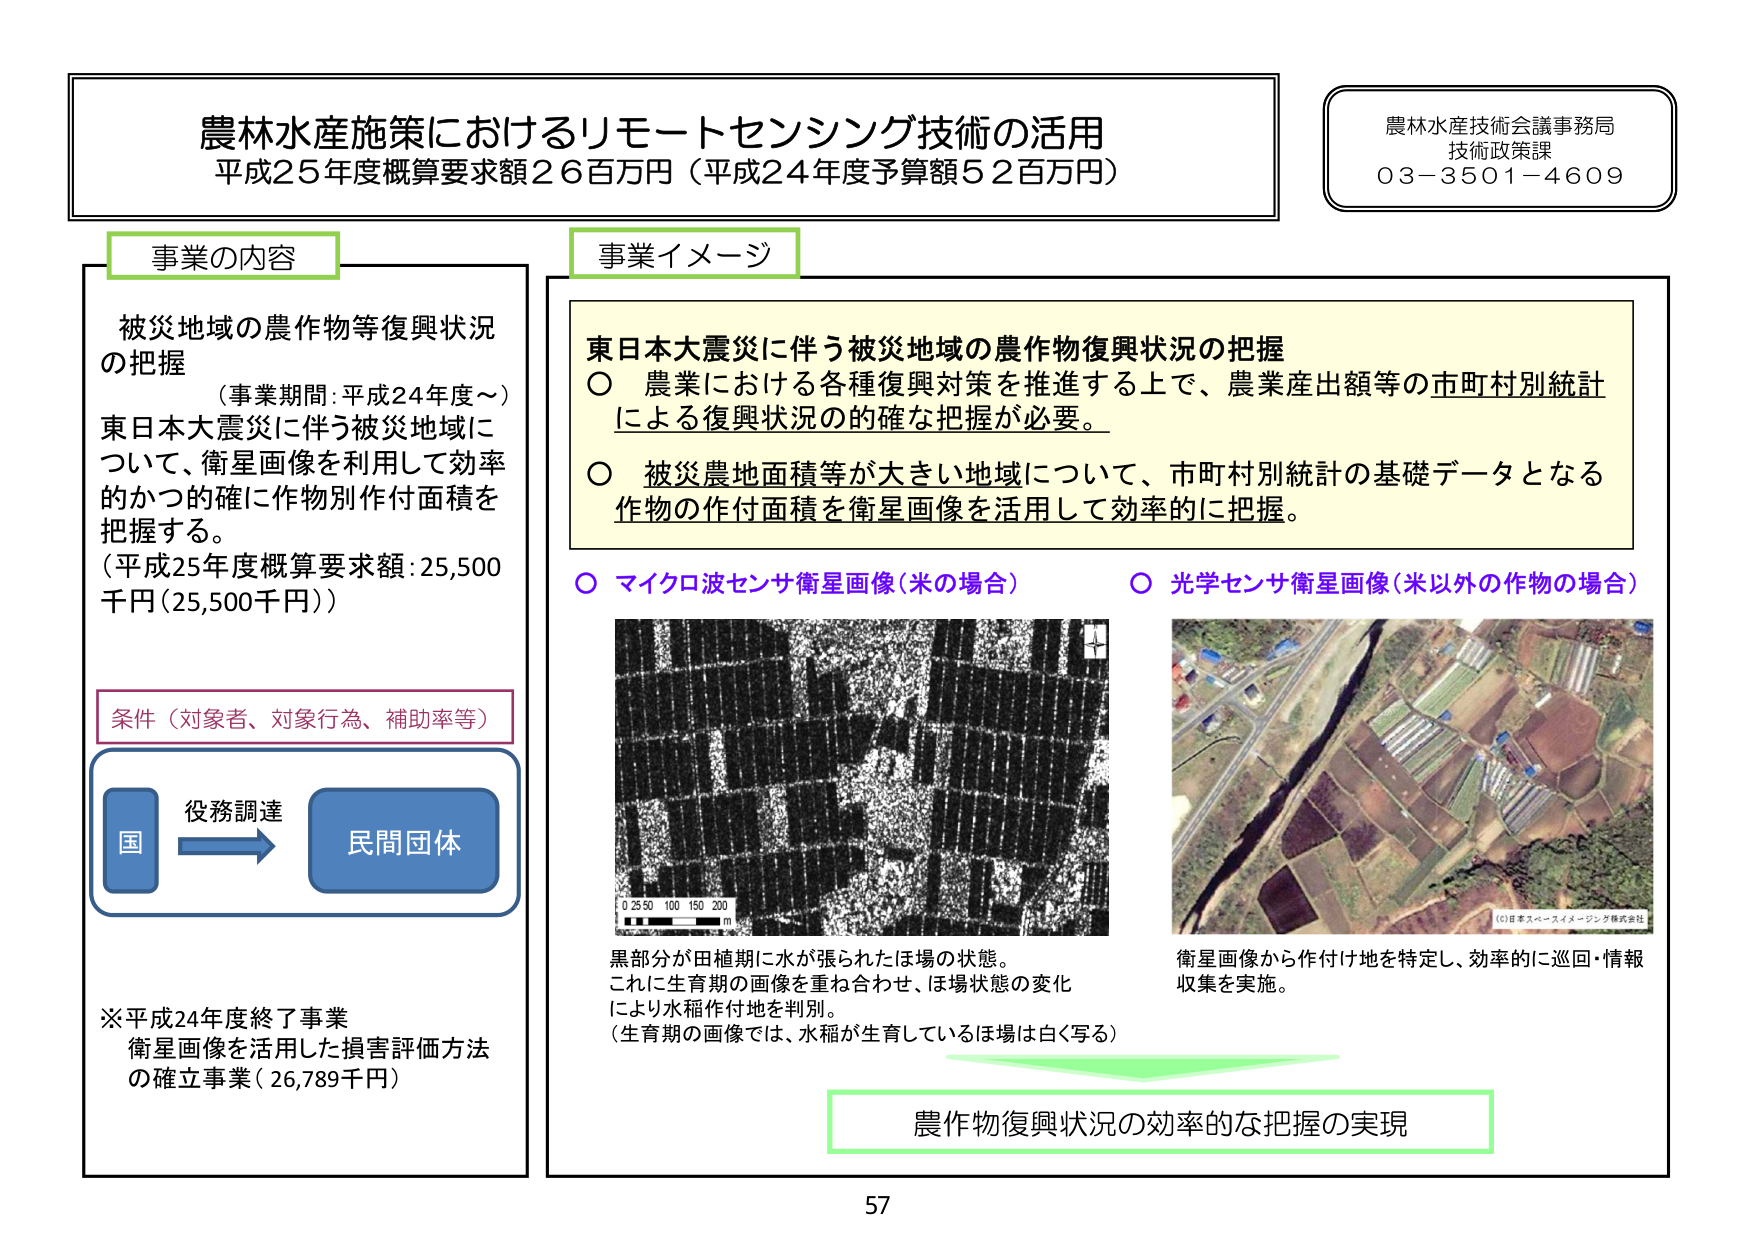
農林水産施策におけるリモートセンシング技術の活用
平成25年度概算要求額26百万円（平成24年度予算額52百万円）

農林水産技術会議事務局
技術政策課
03-3501-4609

事業の内容
被災地域の農作物等復興状況の把握
（事業期間：平成24年度～）
東日本大震災に伴う被災地域について、衛星画像を利用して効率的かつ的確に作物別作付面積を把握する。
（平成25年度概算要求額：25,500千円（25,500千円））

条件（対象者、対象行為、補助率等）
国 → 民間団体
役務調達

※平成24年度終了事業
衛星画像を活用した損害評価方法の確立事業（26,789千円）

事業イメージ
東日本大震災に伴う被災地域の農作物復興状況の把握
○ 農業における各種復興対策を推進する上で、農業産出額等の市町村別統計による復興状況の的確な把握が必要。
○ 被災農地面積等が大きい地域について、市町村別統計の基礎データとなる作物の作付面積を衛星画像を活用して効率的に把握。

○ マイクロ波センサ衛星画像（米の場合）
黒部分が田植期に水が張られたほ場の状態。
これに生育期の画像を重ね合わせ、ほ場状態の変化により水稲作付地を判別。
（生育期の画像では、水稲が生育しているほ場は白く写る）

○ 光学センサ衛星画像（米以外の作物の場合）
衛星画像から作付け地を特定し、効率的に巡回・情報収集を実施。
（C）日本スペースイメージング株式会社

農作物復興状況の効率的な把握の実現

57